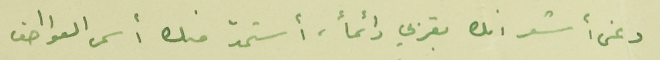
دعنى أشعر انك بقربي دائماً، أستمدّ منك أسمى العواطف